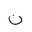
Letter: _non